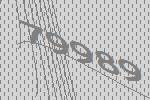
79989